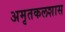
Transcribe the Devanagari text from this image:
अमृतकलशास